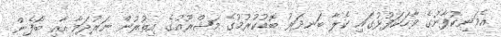
އެމަނިކުފާނުގެ ވާހަކަފުޅުގައި ކެލާ ބަނދަރު ބޮޑުކުރުމުގެ މަޝްރޫއުގެ އިތުރުން ނަރުދަމާ އާއި ބޯފެން